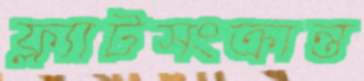
ফ্ল্যাটসংক্রান্ত